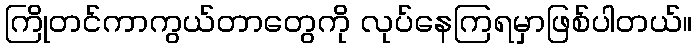
ကြိုတင်ကာကွယ်တာတွေကို လုပ်နေကြရမှာဖြစ်ပါတယ်။